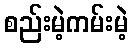
စည်းမဲ့ကမ်းမဲ့